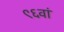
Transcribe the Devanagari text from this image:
९६वां